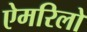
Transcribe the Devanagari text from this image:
ऐमरिलो